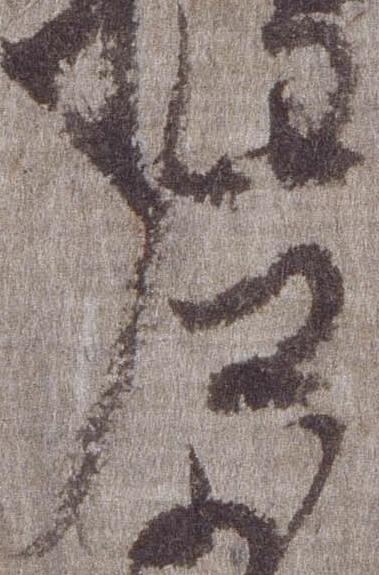
左